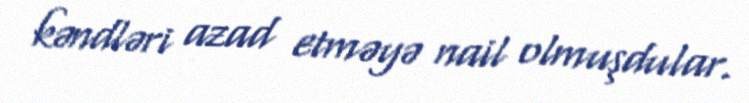
kəndləri azad etməyə nail olmuşdular.